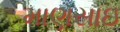
માણસાઇ